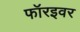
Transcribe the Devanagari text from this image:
फॉरइवर